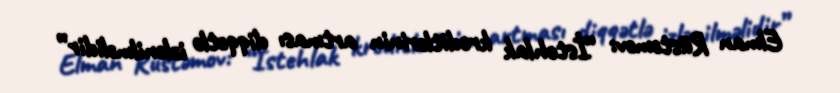
Elman Rüstəmov: “İstehlak kreditlərinin artması diqqətlə izlənilməlidir”